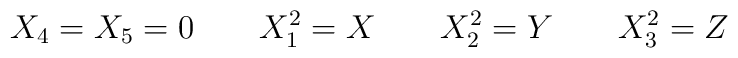
X_4=X_5=0 \quad\quad  X_1^2=X \quad\quad X_2^2=Y \quad\quad X_3^2=Z